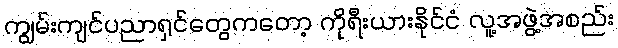
ကျွမ်းကျင်ပညာရှင်တွေကတော့ ကိုရီးယားနိုင်ငံ လူ့အဖွဲ့အစည်း